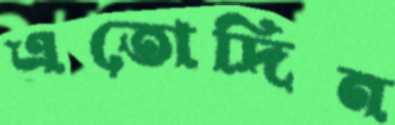
এতোদিন